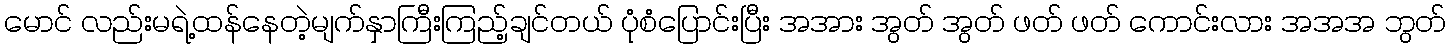
မောင် လည်းမရဲ့ထန်နေတဲ့မျက်နှာကြီးကြည့်ချင်တယ် ပုံစံပြောင်းပြီး အအား အွတ် အွတ် ဖတ် ဖတ် ကောင်းလား အအအ ဘွတ်